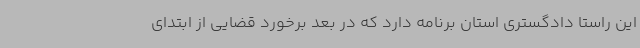
این راستا دادگستری استان برنامه دارد که در بعد برخورد قضایی از ابتدای